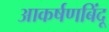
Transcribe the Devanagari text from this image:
आकर्षणबिंदू